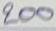
200